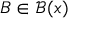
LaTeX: B \in { \mathcal { B } } ( x )